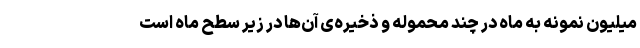
میلیون نمونه به ماه در چند محموله و ذخیره‌ی آن‌ها در زیر سطح ماه است